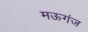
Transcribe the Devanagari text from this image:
मऊगंज